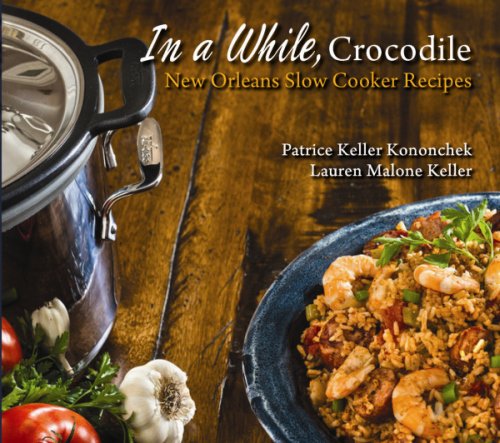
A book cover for In a While, Crocodile: New Orleans Slow Cooker Recipes; Patrice Kononchek; Cookbooks, Food & Wine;